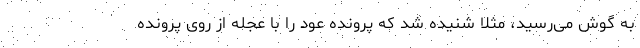
به گوش می‌رسید، مثلاً شنیده شد که پرونده عود را با عجله از روی پرونده